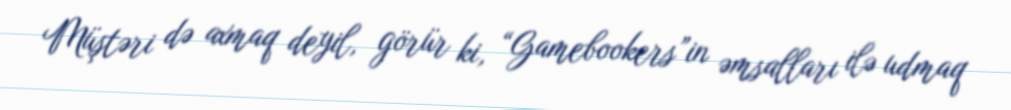
Müştəri də axmaq deyil, görür ki, “Gamebookers”in əmsalları ilə udmaq